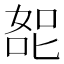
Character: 㖲